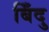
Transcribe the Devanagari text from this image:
बिँदु